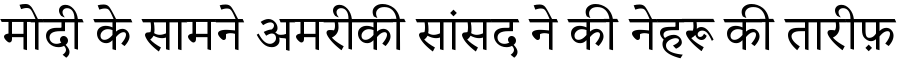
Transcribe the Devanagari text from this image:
मोदी के सामने अमरीकी सांसद ने की नेहरू की तारीफ़